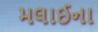
મલાઈના